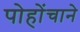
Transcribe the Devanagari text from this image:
पोहोंचाने